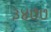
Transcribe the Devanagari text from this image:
३४७७